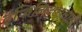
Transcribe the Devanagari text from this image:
इंजिनिअरांसाठी